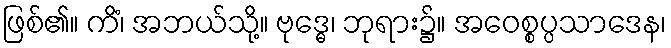
ဖြစ်၏။ ကိံ၊ အဘယ်သို့။ ဗုဒ္ဓေ၊ ဘုရား၌။ အဝေစ္စပ္ပသာဒေန၊